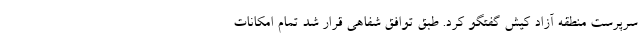
سرپرست منطقه آزاد کیش گفتگو کرد. طبق توافق شفاهی قرار شد تمام امکانات